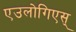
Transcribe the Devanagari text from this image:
एउलोगिएस्